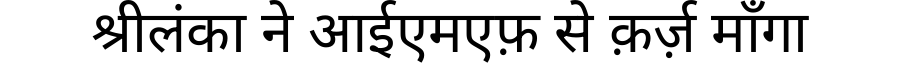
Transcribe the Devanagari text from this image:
श्रीलंका ने आईएमएफ़ से क़र्ज़ माँगा